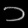
Digit: ၁